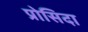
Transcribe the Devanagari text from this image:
प्रोसिदा